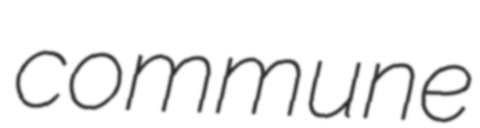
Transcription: commune